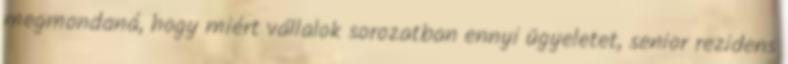
megmondaná, hogy miért vállalok sorozatban ennyi ügyeletet, senior rezidens